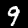
Digit: 9